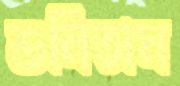
শুনিতাম